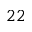
2 2